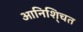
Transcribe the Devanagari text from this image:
आनिशि्चत